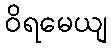
ဝိရမေယျ